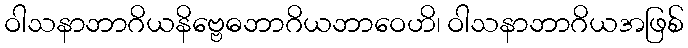
ဝါသနာဘာဂိယနိဗ္ဗေဓဘာဂိယဘာဝေဟိ၊ ဝါသနာဘာဂိယအဖြစ်